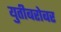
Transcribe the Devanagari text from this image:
युतीबरोबर